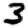
Digit: 3